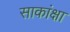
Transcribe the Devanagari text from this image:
साकांक्षा